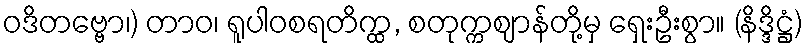
ဝဒိတဗ္ဗော၊) တာဝ၊ ရူပါဝစရတိက္ထ, စတုက္ကဈာန်တို့မှ ရှေးဦးစွာ။ (နိဒ္ဒိဋ္ဌံ)